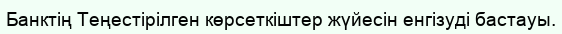
Банктің Теңестірілген көрсеткіштер жүйесін енгізуді бастауы.